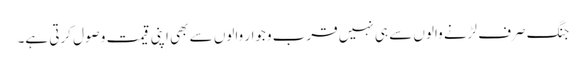
جنگ صرف لڑنے والوں سے ہی نہیں قرب وجوار والوں سے بھی اپنی قیمت وصول کرتی ہے۔